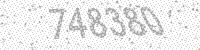
Solution: 748380